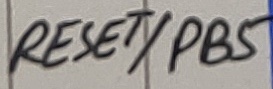
Text: RESET/PB5